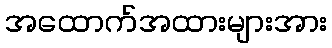
အထောက်အထားများအား